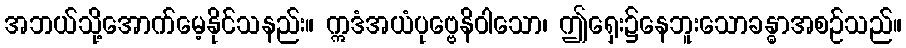
အဘယ်သို့အောက်မေ့နိုင်သနည်း။ ဣဒံအယံပုဗ္ဗေနိဝါသော၊ ဤရှေး၌နေဘူးသောခန္ဓာအစဉ်သည်။